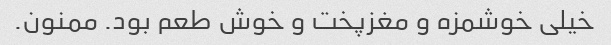
خیلی خوشمزه و مغزپخت و خوش طعم بود. ممنون.